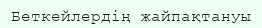
Беткейлердің жайпақтануы